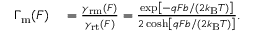
\begin{array} { r l } { \Gamma _ { \mathrm { m } } ( F ) } & { { } = \frac { \gamma _ { \mathrm { r m } } ( F ) } { \gamma _ { \mathrm { r t } } ( F ) } = \frac { \exp \left[ - q F b / ( 2 k _ { \mathrm { B } } T ) \right] } { 2 \cosh \left[ q F b / ( 2 k _ { \mathrm { B } } T ) \right] } . } \end{array}